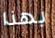
بهذا